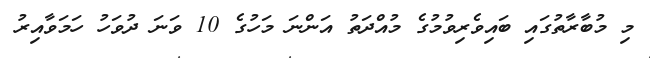
މި މުބާރާތުގައި ބައިވެރިވުމުގެ މުއްދަތު އަންނަ މަހުގެ 10 ވަނަ ދުވަހު ހަމަވާއިރު